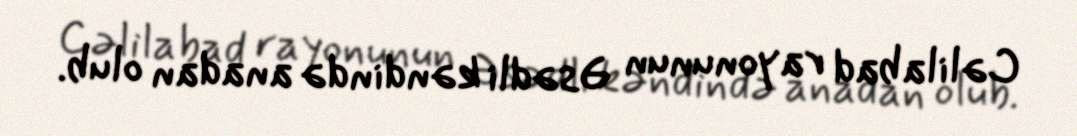
Cəlilabad rayonunun Əsədli kəndində anadan olub.